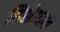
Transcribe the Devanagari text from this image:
हिशेाबात